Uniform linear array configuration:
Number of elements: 32
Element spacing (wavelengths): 1
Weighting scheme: binomial
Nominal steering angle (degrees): -15
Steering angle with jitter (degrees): -16.82
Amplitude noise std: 0.05
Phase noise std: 0.05

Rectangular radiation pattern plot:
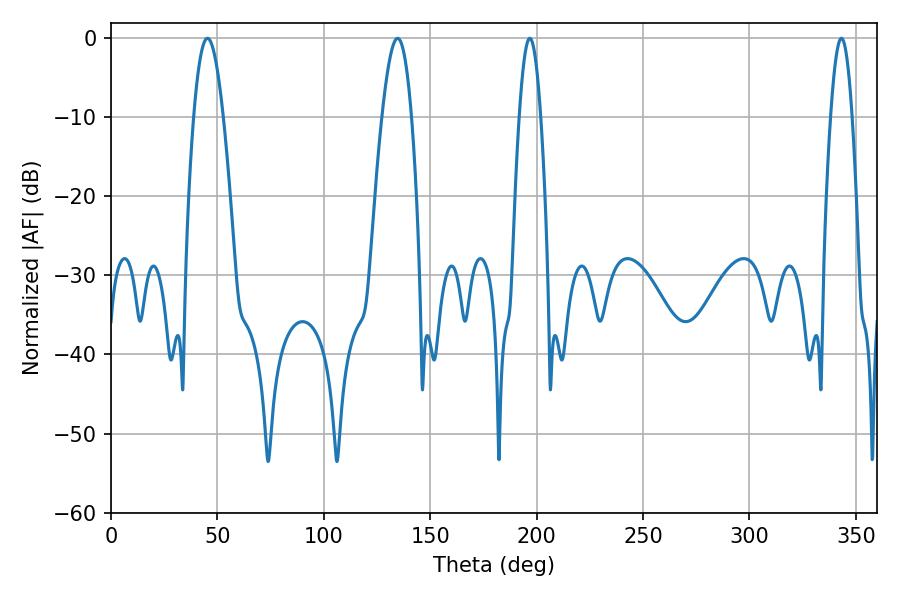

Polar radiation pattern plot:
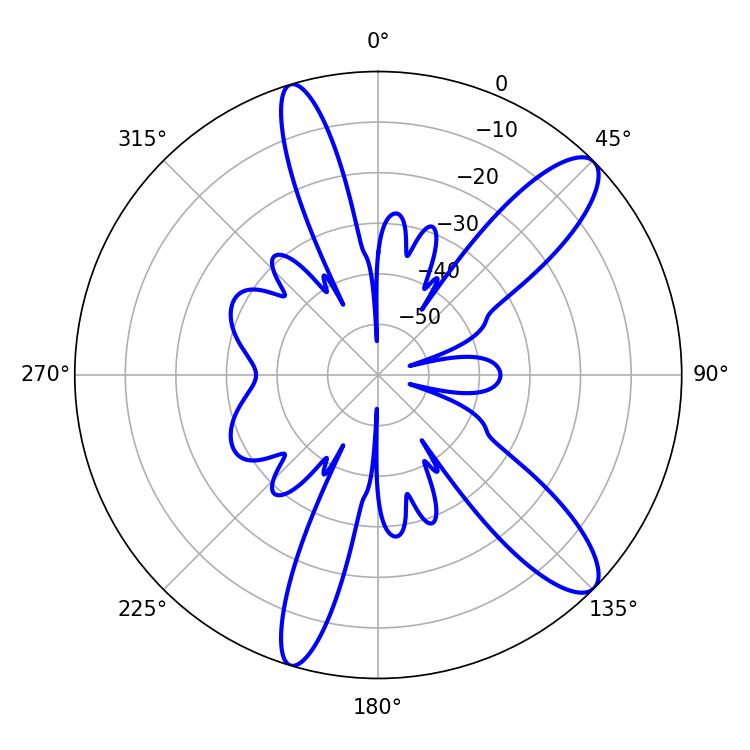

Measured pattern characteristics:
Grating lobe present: TRUE
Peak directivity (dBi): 11.48
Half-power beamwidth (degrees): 7.38
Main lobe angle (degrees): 134.64